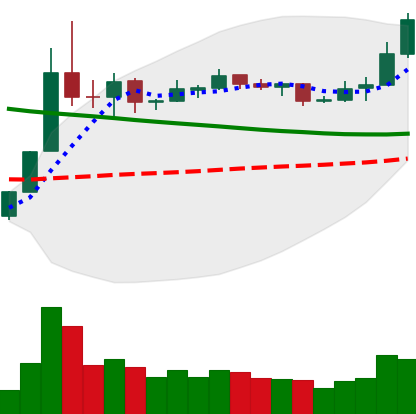
Ticker: NEO-USD
Chart end date: 2019-11-13
Forward return: -13.0%
Label: down_7plus